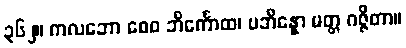
၃၆၂။ ကလဘော စေဝ ဘိင်္ကောထ၊ ပဘိန္နော မတ္တ ဂဇ္ဇိတာ။